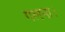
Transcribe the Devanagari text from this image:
गलना।